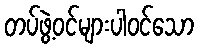
တပ်ဖွဲ့ဝင်များပါဝင်သော